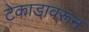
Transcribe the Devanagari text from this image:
टेकाडावरून